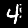
Label: 4